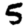
Digit: 5